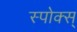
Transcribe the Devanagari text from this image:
स्पोक्स्